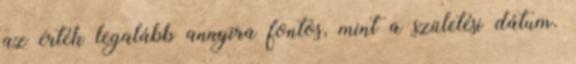
az érték legalább annyira fontos, mint a születési dátum.